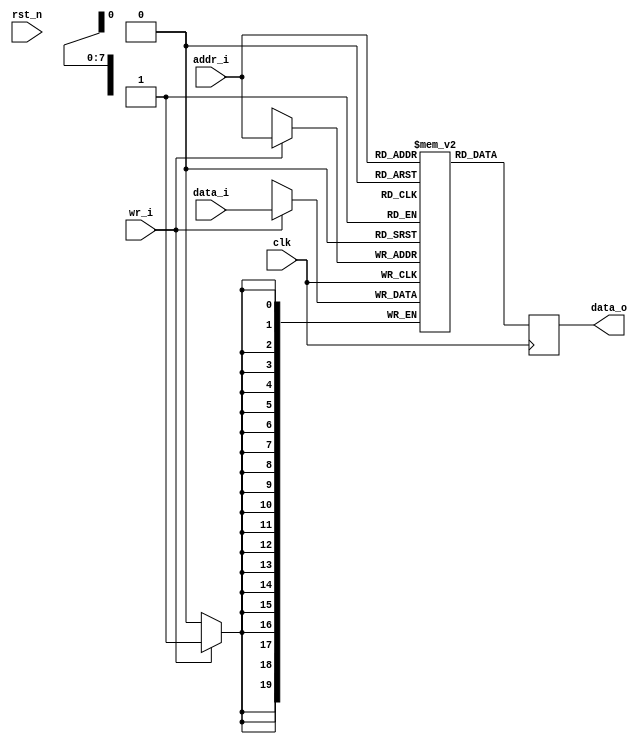
// This program was cloned from: https://github.com/lvzhengde/tsn-soc
// License: BSD 3-Clause "New" or "Revised" License

//-----------------------------------------------------------------
//
// Copyright (c) 2022-2024 Zhengde
// All rights reserved.
//
//-----------------------------------------------------------------
//                         biRISC-V CPU
//                            V0.6.0
//                     Ultra-Embedded.com
//                     Copyright 2019-2020
//
//                   admin@ultra-embedded.com
//
//                     License: Apache 2.0
//-----------------------------------------------------------------
// Copyright 2020 Ultra-Embedded.com
// 
// Licensed under the Apache License, Version 2.0 (the "License");
// you may not use this file except in compliance with the License.
// You may obtain a copy of the License at
// 
//     http://www.apache.org/licenses/LICENSE-2.0
// 
// Unless required by applicable law or agreed to in writing, software
// distributed under the License is distributed on an "AS IS" BASIS,
// WITHOUT WARRANTIES OR CONDITIONS OF ANY KIND, either express or implied.
// See the License for the specific language governing permissions and
// limitations under the License.
//-----------------------------------------------------------------

module icache_tag_ram
(
    // Inputs
    input           clk     ,
    input           rst_n   ,
    input  [  7:0]  addr_i  ,
    input  [ 19:0]  data_i  ,
    input           wr_i    ,

    // Outputs
    output [ 19:0]  data_o
);

    //-----------------------------------------------------------------
    // Single Port RAM 0KB
    // Mode: Read First
    //-----------------------------------------------------------------
    reg [19:0]   ram [255:0] /*verilator public*/;
    reg [19:0]   ram_read_q;
    
    // Synchronous write
    always @(posedge clk) begin
        if (wr_i)
            ram[addr_i] <= data_i;
        ram_read_q <= ram[addr_i];
    end
    
    assign data_o = ram_read_q;

endmodule